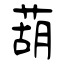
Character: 葫